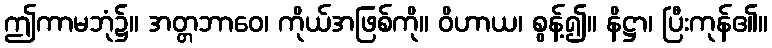
ဤကာမဘုံ၌။ အတ္တဘာဝေ၊ ကိုယ်အဖြစ်ကို။ ဝိဟာယ၊ စွန့်၍။ နိဋ္ဌာ၊ ပြီးကုန်၏။